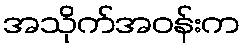
အသိုက်အဝန်းက